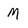
Character: M